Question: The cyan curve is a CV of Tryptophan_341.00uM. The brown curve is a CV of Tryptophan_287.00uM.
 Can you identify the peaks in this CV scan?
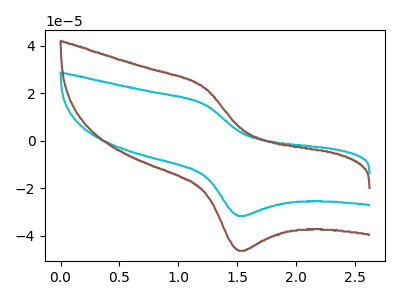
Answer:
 <answer>The cyan curve "Tryptophan_341.00uM" has an anodic peak at (1.20V, 15.30uA) and a cathodic peak at (1.50V, -31.70uA). The brown curve "Tryptophan_287.00uM" has an anodic peak at (1.20V, 22.35uA) and a cathodic peak at (1.50V, -46.35uA).</answer>
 <eval></eval>